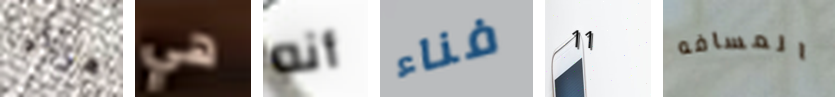
هراء هي أنه فناء 11 المسافه